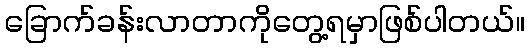
ခြောက်ခန်းလာတာကိုတွေ့ရမှာဖြစ်ပါတယ်။